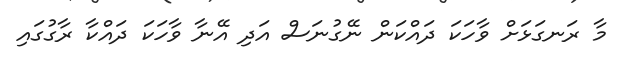
މާ ރަނގަޅަށް ވާހަކަ ދައްކަން ނޭގުނަސް އަދި އޭނާ ވާހަކަ ދައްކާ ރާގުގައި